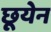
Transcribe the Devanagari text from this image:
छूयेन